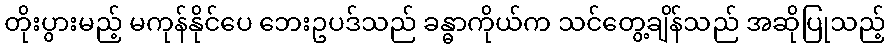
တိုးပွားမည့် မကုန်နိုင်ပေ ဘေးဥပဒ်သည် ခန္ဓာကိုယ်က သင်တွေ့ချိန်သည် အဆိုပြုသည့်